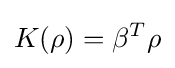
K(\rho )=\beta ^{T}\rho